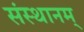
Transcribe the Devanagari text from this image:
संस्थानम्